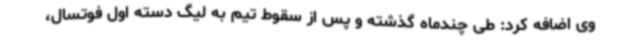
وی اضافه کرد: طی چندماه گذشته و پس از سقوط تیم به لیگ دسته اول فوتسال،